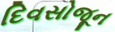
દિવસોજૂન